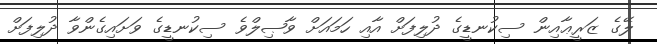
ލޭގެ ޒަރީޢާއިން ސިކުނޑީގެ ދުލިފަށް އާއި ހަމައަށް ވާޞިލްވެ ސިކުނޑީގެ ވަށައިގެންވާ ދުލިފަށް